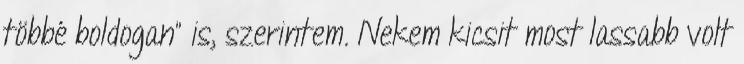
többé boldogan” is, szerintem. Nekem kicsit most lassabb volt